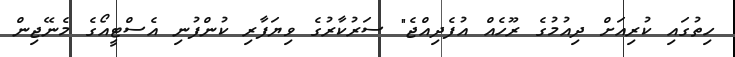
ހިތުގައި ކުރިއަށް ދިއުމުގެ ރޫހެއް އުފެދިއްޖެ" ސަރުކާރުގެ ވިޔަފާރި ކުންފުނި އެސްޓީއޯގެ މެނޭޖިން